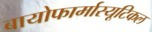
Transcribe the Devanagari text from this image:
बायोफार्मास्यूटिकल